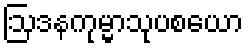
ဩဒနကုမ္မာသုပစယော